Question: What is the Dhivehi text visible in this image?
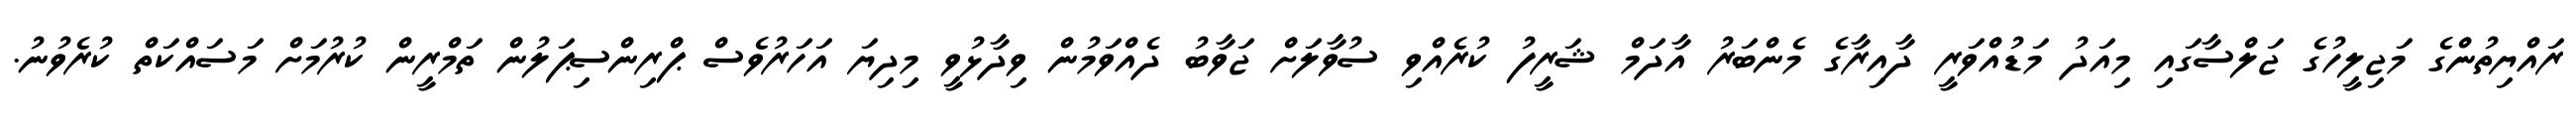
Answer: ރައްޔިތުންގެ މަޖިލީހުގެ ޖަލްސާގައި މިއަދު މަޑުއްވަރީ ދާއިރާގެ މެންބަރު އާދަމް ޝަރީފު ކުރެއްވި ސުވާލަށް ޖަވާބު ދެއްވަމުން ވިދާޅުވީ މިދިޔަ އަހަރުވެސް ޕްރިންސިޕަލުން ތަމްރީން ކުރުމަށް މަސައްކަތް ކުރެވުނު.